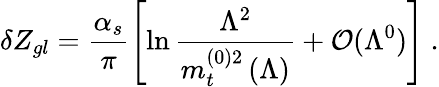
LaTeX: \delta Z_{gl}=\frac{\alpha_{s}}{\pi}\left[\ln\frac{\Lambda^{2}}{m_{t}^{(0)2}\left(\Lambda\right)}+{\cal{O}}(\Lambda^{0})\right]\ .